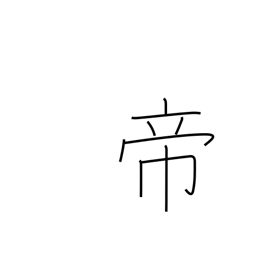
Meaning: sovereign